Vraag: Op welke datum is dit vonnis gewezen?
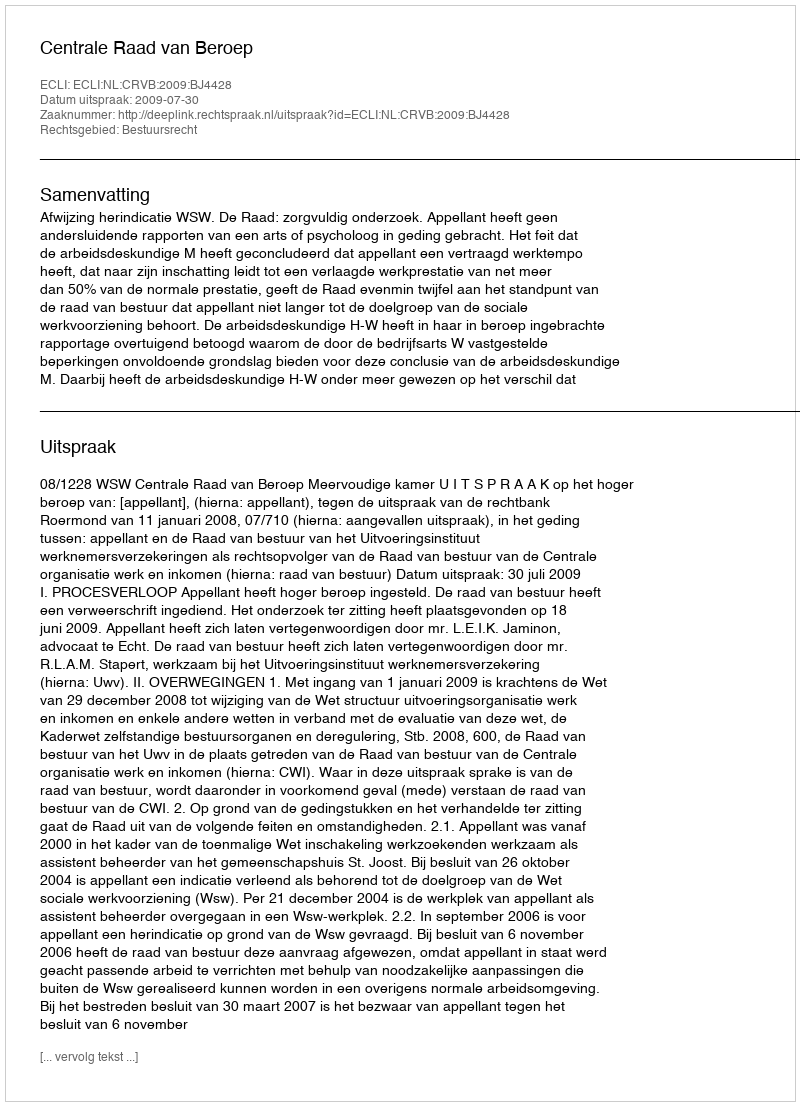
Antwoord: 2009-07-30